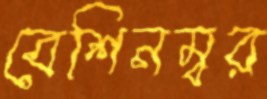
বেশিনম্বর